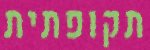
תקופתית